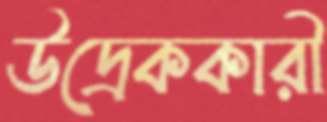
উদ্রেককারী